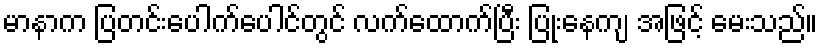
မာနာက ပြတင်းပေါက်ပေါင်တွင် လက်ထောက်ပြီး ပြုံးနေကျ အဖြင့် မေးသည်။